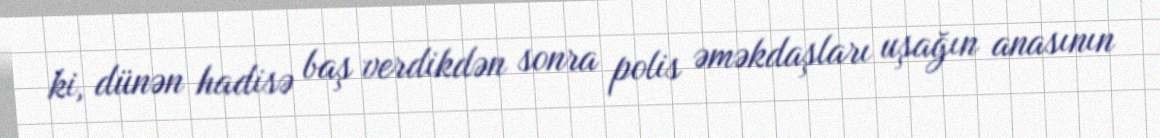
ki, dünən hadisə baş verdikdən sonra polis əməkdaşları uşağın anasının